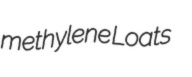
methylene Loats